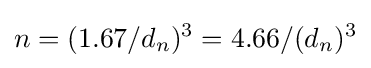
n=(1.67/d_{n})^{3}=4.66/(d_{n})^{3}